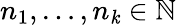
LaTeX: n_{1},\ldots,n_{\mathit{k}}\in\mathbb{{N}}